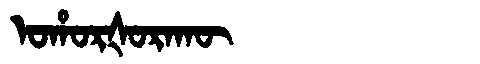
Manchu: ᠣᡥᠣᡵᡧᠣᡵᠠᡴᡡ
Romanization: OHORŠORAKŪ